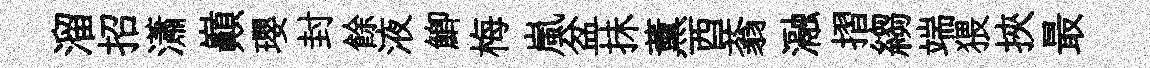
溜招瀟巔瓔封餘液鯽梅嵐盆抺薰酉蓊瀜摺縐端猥挾最